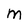
Character: M